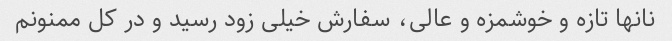
نانها تازه و خوشمزه و عالی، سفارش خیلی زود رسید و در کل ممنونم